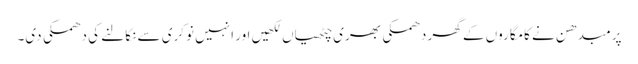
پرمبدھن نے کامگاروں کے گھر دھمکی بھری چٹھیاں لکھیں اور انہیں نوکری سے نکالنے کی دھمکی دی۔